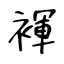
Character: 褌